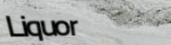
Liquor